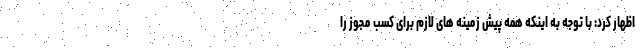
اظهار کرد: با توجه به اینکه همه پیش زمینه های لازم برای کسب مجوز را